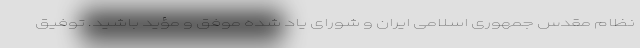
نظام مقدس جمهوری اسلامی ایران و شورای یاد شده موفق و مؤید باشید. توفیق